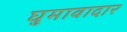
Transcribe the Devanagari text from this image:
घुमावादार